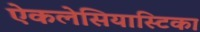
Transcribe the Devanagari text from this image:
ऐकलेसियास्टिका